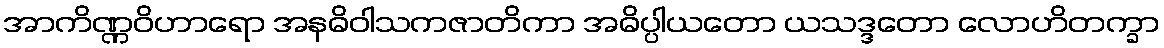
အာကိဏ္ဏဝိဟာရော အနဓိဝါသကဇာတိကာ အဓိပ္ပါယတော ယသဒ္ဒတော လောဟိတက္ခာ